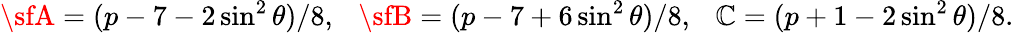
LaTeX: {\sfA}=(p-7-2\sin^{2}\theta)/8,\ \ \ {\sfB}=(p-7+6\sin^{2}\theta)/8,\ \ \ {\sf\mathbb{C}}=(p+1-2\sin^{2}\theta)/8.